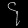
Digit: ၄